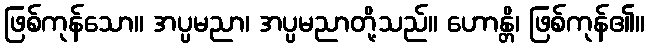
ဖြစ်ကုန်သော။ အပ္ပမညာ၊ အပ္ပမညာတို့သည်။ ဟောန္တိ၊ ဖြစ်ကုန်၏။